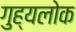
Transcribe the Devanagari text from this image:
गुह्यलोक